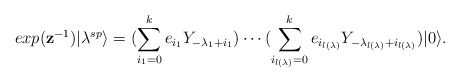
\begin{align*}exp(\mathbf{z}^{-1})|\lambda^{sp}\rangle=(\sum^k_{i_1=0}e_{i_1}Y_{-\lambda_1+i_1})\cdots (\sum^k_{i_{l(\lambda)}=0}e_{i_{l(\lambda)}}Y_{-\lambda_{l(\lambda)}+i_{l(\lambda)}})|0\rangle.\end{align*}